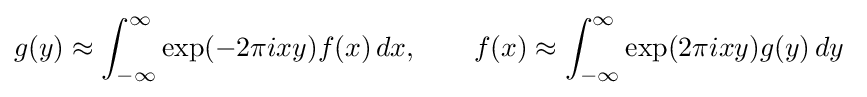
g(y)\approx \int _{-\infty }^{\infty }\exp(-2\pi ixy)f(x)\,dx,\qquad f(x)\approx \int _{-\infty }^{\infty }\exp(2\pi ixy)g(y)\,dy~